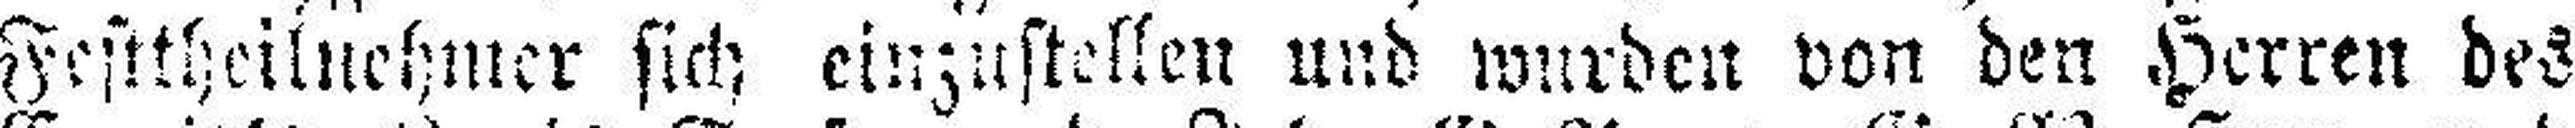
Festtheilnehmer sich einzustellen und wurden von den Herren des